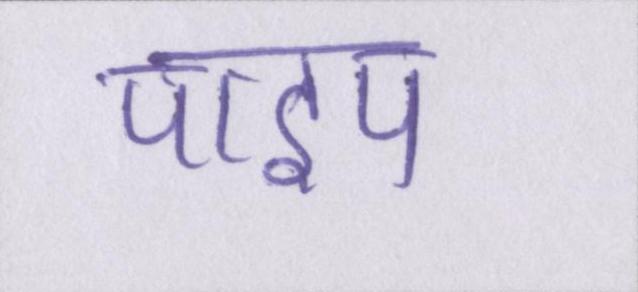
पाइप